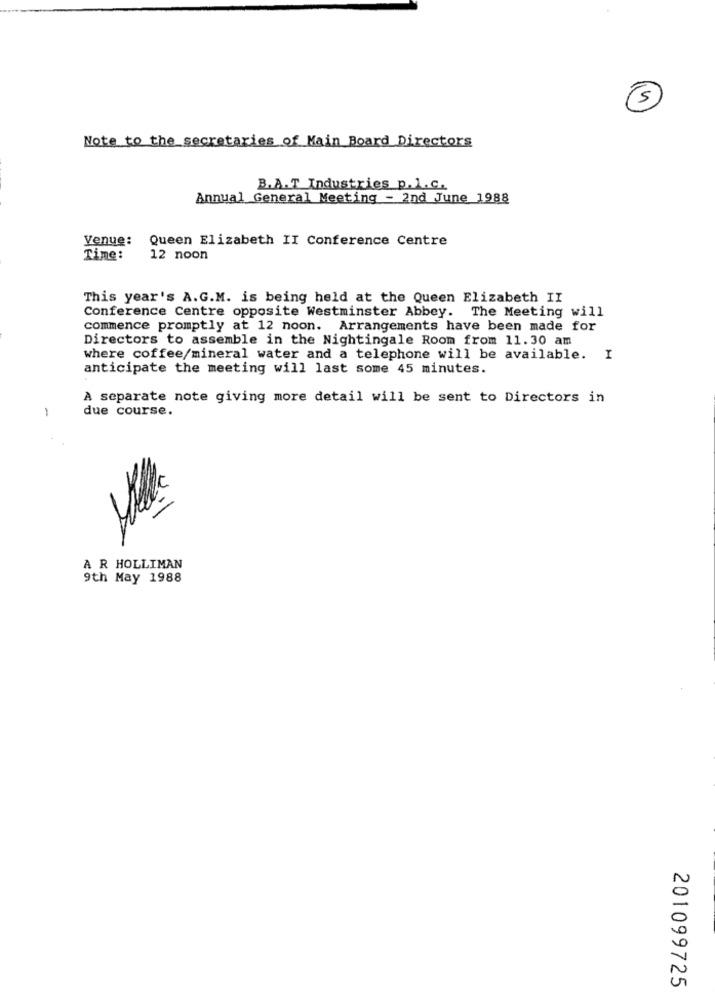
5
Note to the secretaries of Main Board Directors
B.A.T Industries p. I.C.
Annual General Meeting - 2nd June 1988
Venue:
Queen Elizabeth II Conference Centre
Time:
12 noon
This year's A.G.M. is being held at the Queen Elizabeth II
Conference Centre opposite Westminster Abbey. The Meeting will
commence promptly at 12 noon. Arrangements have been made for
Directors to assemble in the Nightingale Room from 11.30 am
where coffee/mineral water and a telephone will be available. I
anticipate the meeting will last some 45 minutes.
A separate note giving more detail will be sent to Directors in
-
due course.
A R HOLLIMAN
9th May 1988
201099725